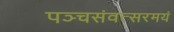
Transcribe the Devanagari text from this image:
पञ्चसंवत्सरमयं